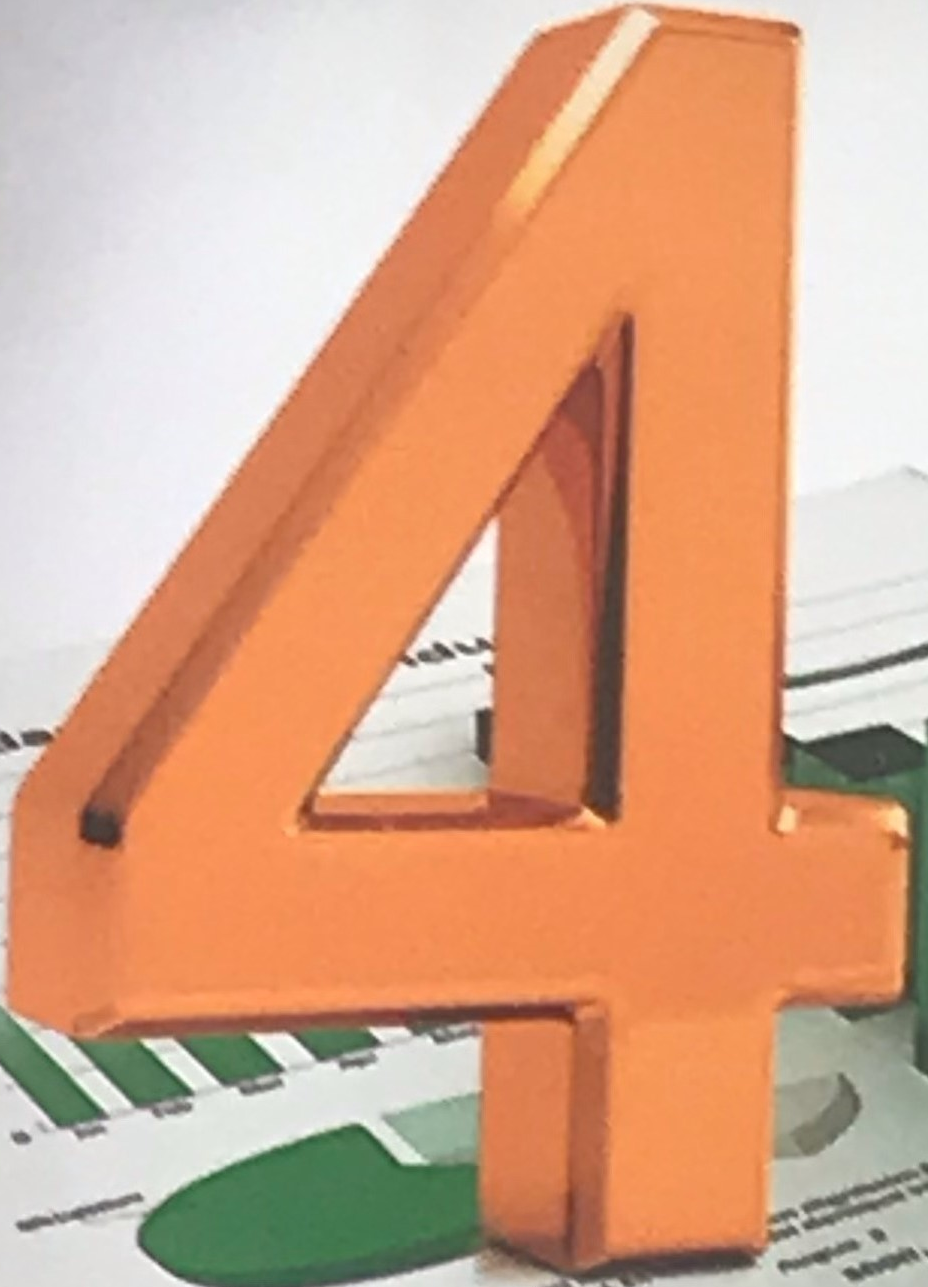
4